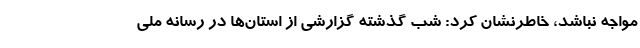
مواجه نباشد، خاطرنشان کرد: شب گذشته گزارشی از استان‌ها در رسانه ملی